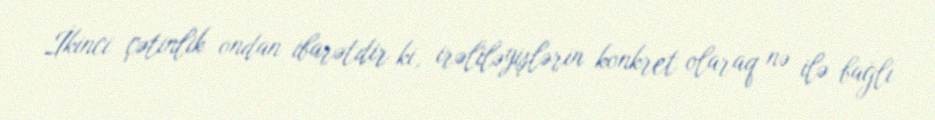
İkinci çətinlik ondan ibarətdir ki, irəliləyişlərin konkret olaraq nə ilə bağlı